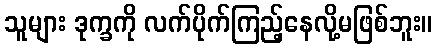
သူများ ဒုက္ခကို လက်ပိုက်ကြည့်နေလို့မဖြစ်ဘူး။